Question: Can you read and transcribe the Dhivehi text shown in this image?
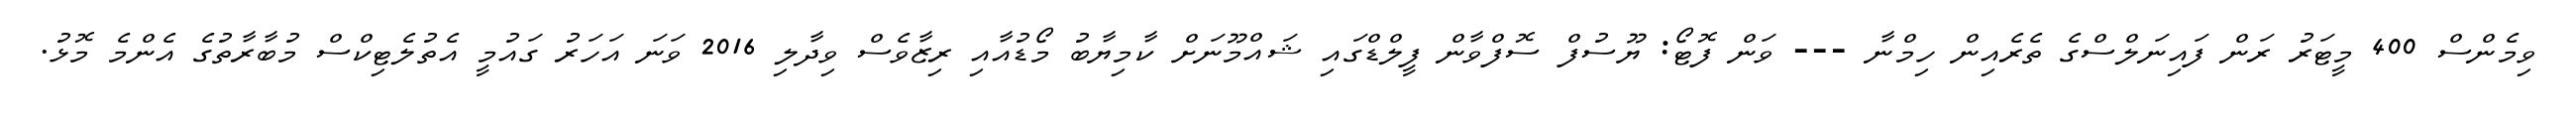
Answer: ވިމެންސް 400 މީޓަރު ރަން ފައިނަލްސްގެ ތެރެއިން ހިމްނާ --- ވަން ފޮޓޯ: ޔޫސުފް ސޮފްވާން ފީލްޑްގައި ޝައްމޫނަށް ކާމިޔާބު މޯޑުއާއި ރިޒާވެސް ވިދާލި 2016 ވަނަ އަހަރު ގައުމީ އެތުލެޓިކްސް މުބާރާތުގެ އެންމެ މޮޅު.